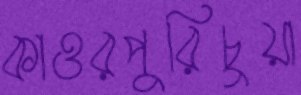
কাওরপুরিচুয়া